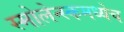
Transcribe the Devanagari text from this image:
स्मोलेन्स्कमध्येच